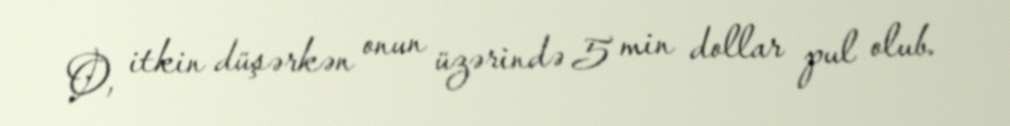
O, itkin düşərkən onun üzərində 5 min dollar pul olub.